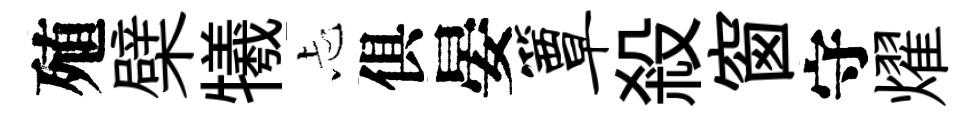
殖檗犧忐俱晏簟殺窗守燿